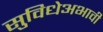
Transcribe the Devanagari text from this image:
सुविधेअभावी